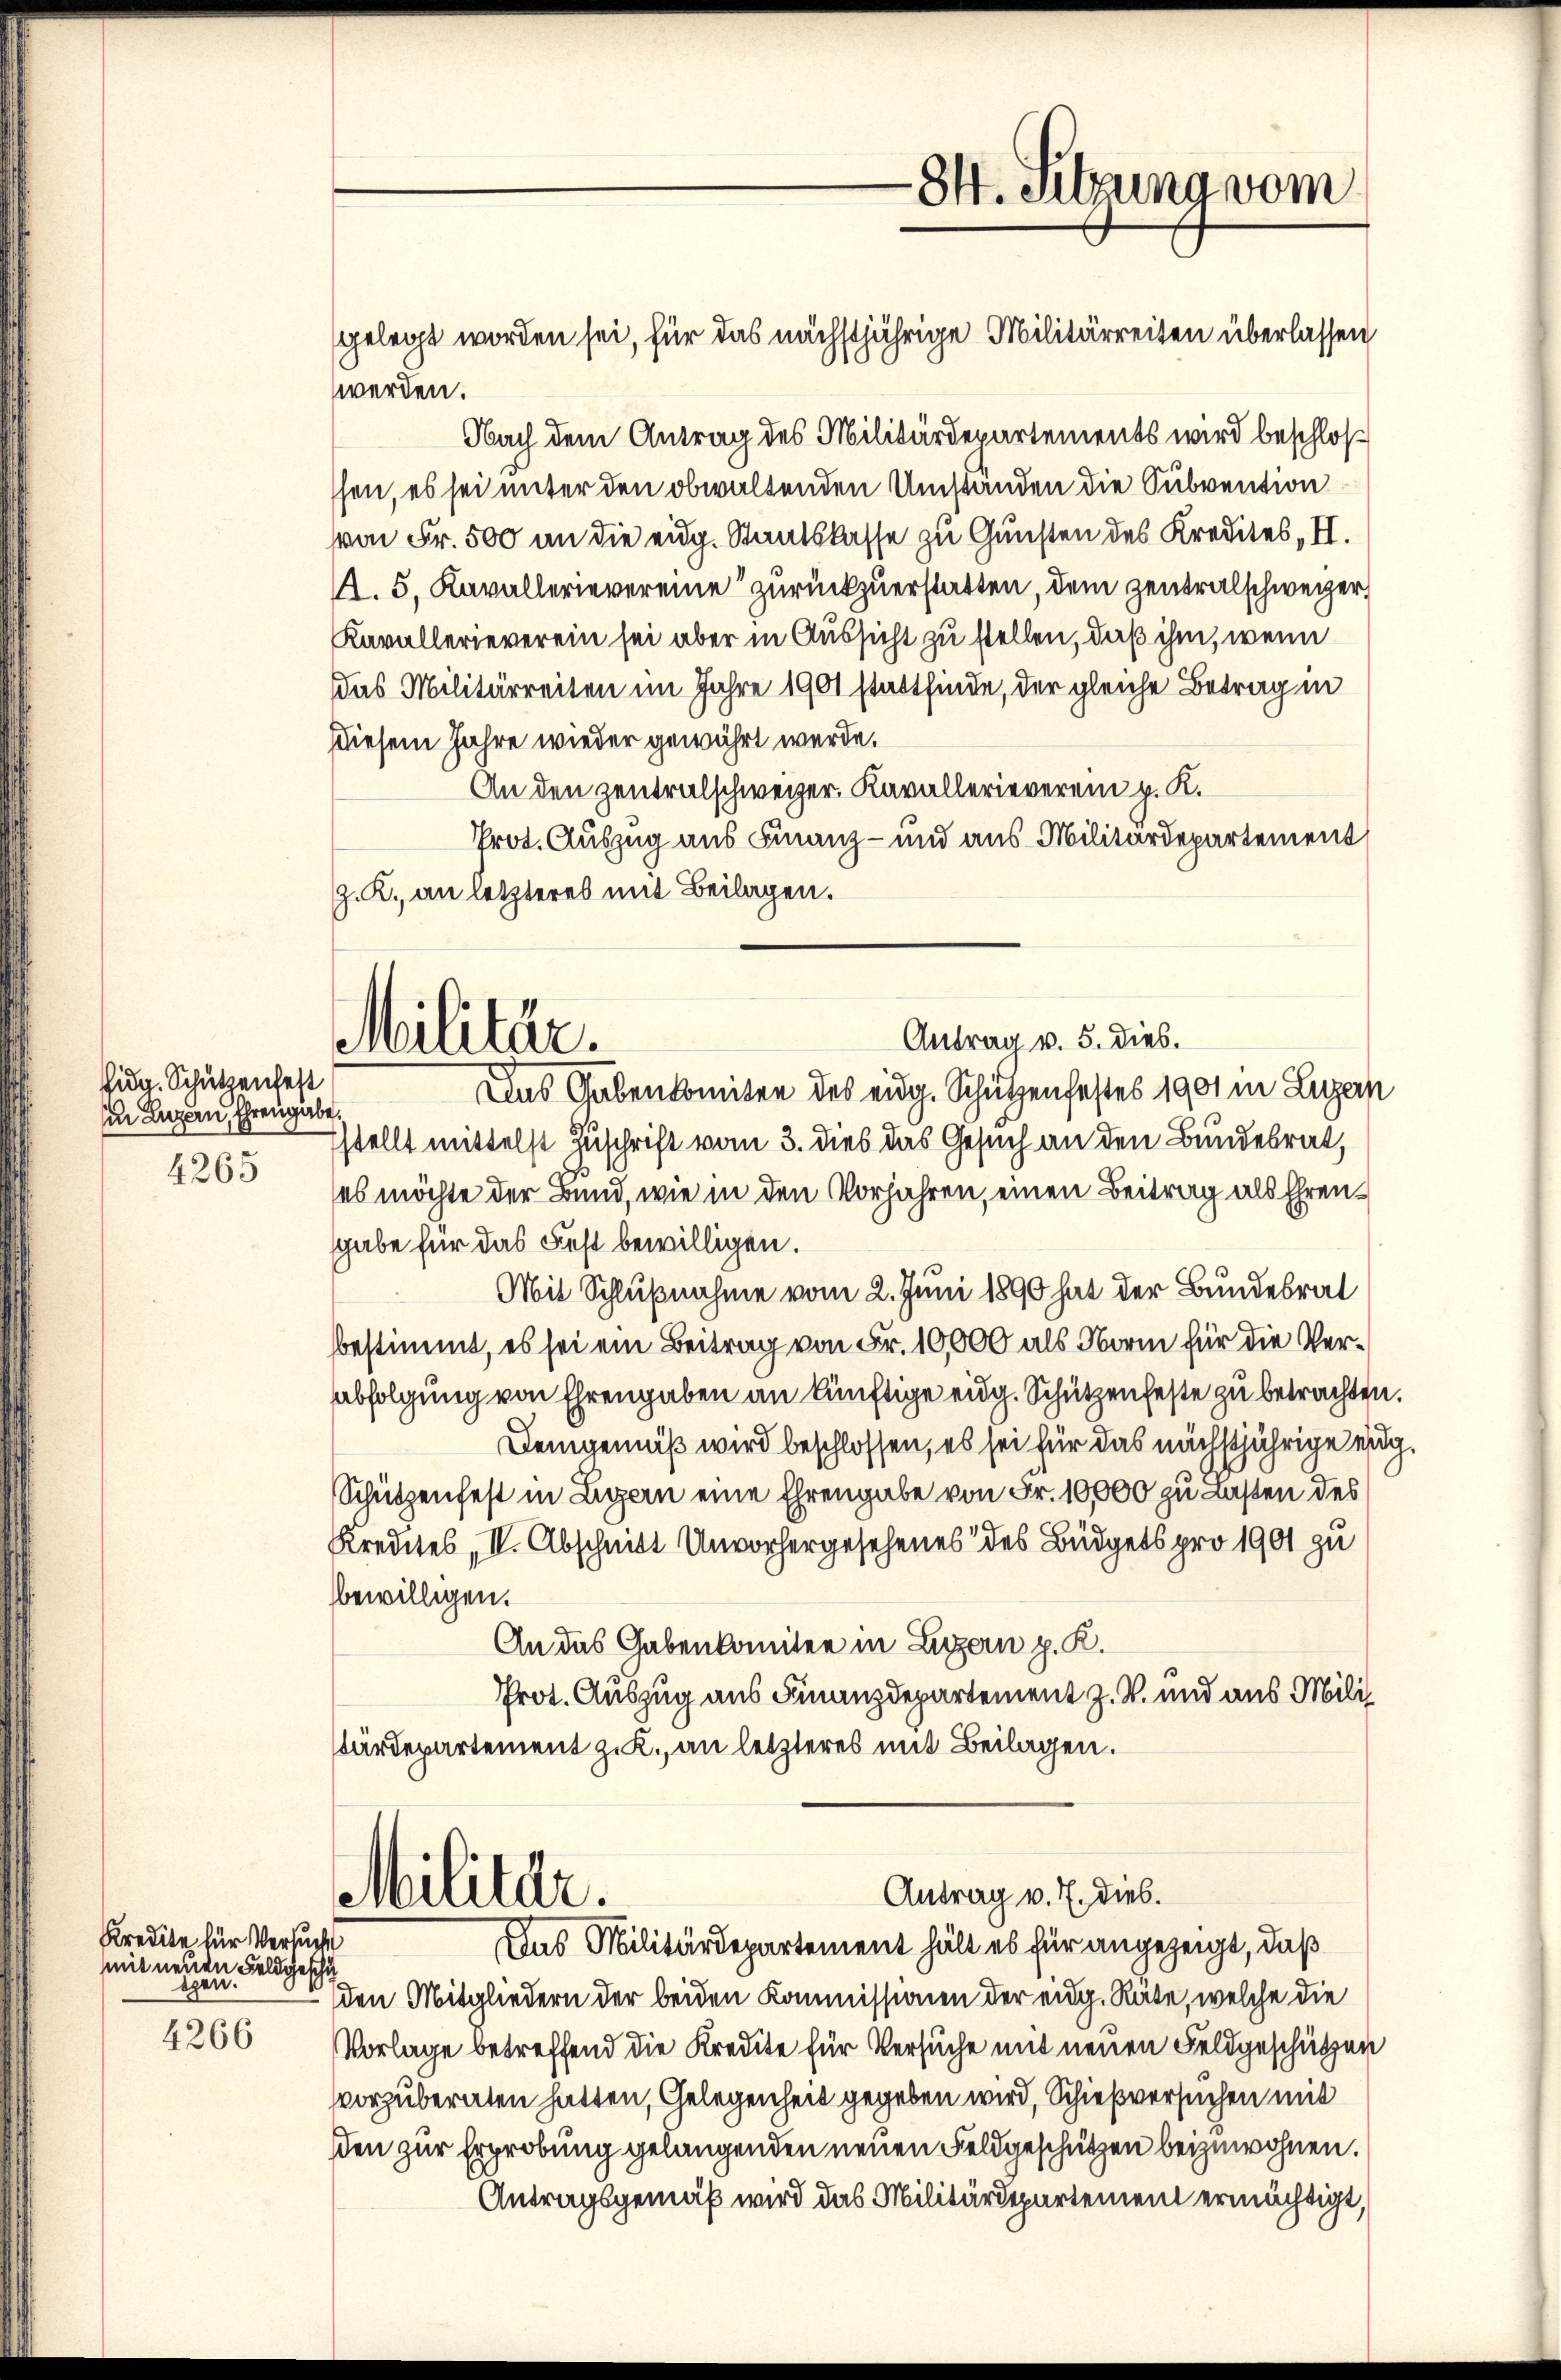
fig. Schutzenfest
in Luzern, Ehrengabe.
4265

Kredite für Versuche
mit neuen Feldgeschäthen.
4266

Nach dem Antrag des Militärdepartements wird beschloß
ssen, es sei unter den obwaltenden Umständen die Subvention
von Fr. 500 an die eidg. Staatskasse zu Gunsten des Kredites, II.
.5. Kavallerievereine zurückzuerstatten, dem Zentralschweizer,
Kavallerieverein sei aber in Aussicht zu stellen, daß ihm, wenn
das Militärreiten im Jahre 1901 stattfinde, der gleiche Betrag in
(diesem Jahre wieder gewährt werde.
An den Zentralschweizer. Kavallerieverein p. K.
Prot. Auszug aus Finanz- und aus Militärdepartement
. R., an letzteres mit Beilagen.
Antrag v. 5. dies.
Das Gabenkomitee des eidg. Schützenfestes 1901 in Luzern
sstellt mittelst Zuschrift vom 3. dies das Gesuch an den Bundesrat,
es möchte der Bund, wie in den Vorjahren, einen Beitrag als Ehrengabe für das Fest bewilligen.
Mit Schlußnahme vom 2. Juni 1890 hat der Bundesrat
bestimmt, es sei ein Beitrag von Fr. 10,000 als Norm für die Verabfolgung von Ehrengaben an künftige eidg. Schützenfeste zu betrachten.
Demgemäß wird beschlossen, es sei für das nächstjährige eig¬
Schützenfest in Ligern eine Ehrengabe von Fr. 10,000 zu Lasten des
Kredites, II. Abschnitt Unvorhergesehenes des Büdgets pro 1901 zu
bewilligen.
An das Gabenkomitee in Luzern p. K.
Prot. Auszug aus Finanzdepartement z. B. und aus Militärdepartement z. K., an letzteres mit Beilagen.

werden.

Militär.

Militär.

84. Sitzung vom
gelegt worden sei, für das nächstjährige Militärreiten überlassen

Antrag v. 7. dies.

Das Militärdepartement hält es für angezeigt, daß
den Mitgliedern der beiden Kommissionen der eidg. Rate, welche die
Vorlage betreffend die Kredite für Versuche mit neuen Feldgeschützen
vvorzuberaten hatten, Gelegenheit gegeben wird, Schießversuchen mit
den zur Erprobung gelangenden neuen Feldgeschützen beizuwohnen.
Antragsgemäß wird das Militärdepartement ermächtigt,